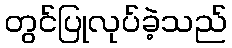
တွင်ပြုလုပ်ခဲ့သည်